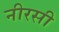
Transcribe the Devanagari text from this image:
नीरसी